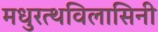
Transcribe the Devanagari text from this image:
मधुरत्थविलासिनी